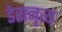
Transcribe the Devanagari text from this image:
डेरानृत्य